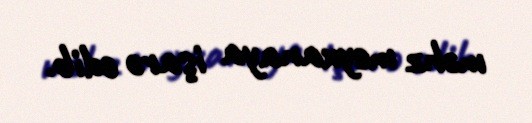
məhz meyxanaya işarə edib.